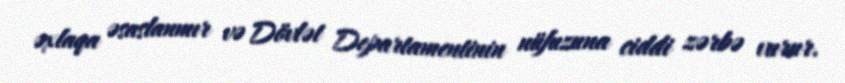
əxlaqa əsaslanmır və Dövlət Departamentinin nüfuzuna ciddi zərbə vurur.